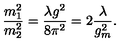
{ \frac { m _ { 1 } ^ { 2 } } { m _ { 2 } ^ { 2 } } } = { \frac { \lambda g ^ { 2 } } { 8 \pi ^ { 2 } } } = 2 { \frac { \lambda } { g _ { m } ^ { 2 } } } .